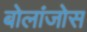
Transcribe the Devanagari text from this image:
बोलांजोस